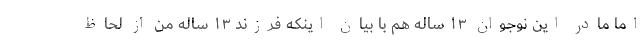
اما مادر این نوجوان ۱۳ ساله هم با بیان اینکه فرزند ۱۳ ساله من از لحاظ